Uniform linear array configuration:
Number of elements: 4
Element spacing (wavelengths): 0.5
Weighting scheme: uniform
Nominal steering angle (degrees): -30
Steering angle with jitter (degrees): -28.494
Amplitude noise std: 0.05
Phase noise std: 0.05

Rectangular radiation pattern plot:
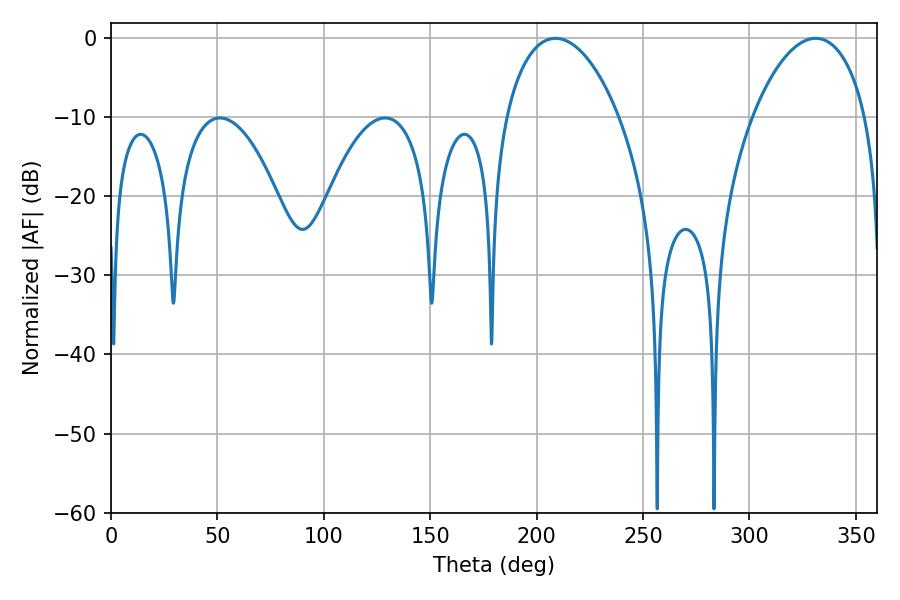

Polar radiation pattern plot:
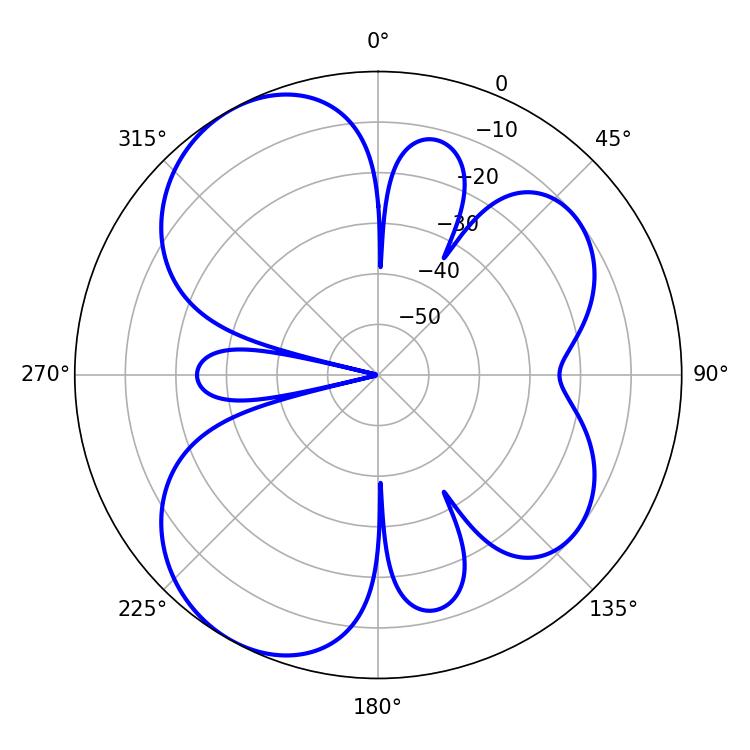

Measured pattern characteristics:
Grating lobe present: FALSE
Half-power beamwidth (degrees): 30.06
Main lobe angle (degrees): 208.8